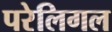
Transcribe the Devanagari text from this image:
परेलिगल